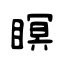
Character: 瞑